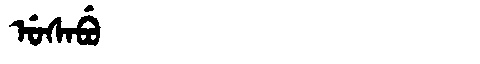
Manchu: ᡠᠰᠠᠪᡠ
Romanization: USABU